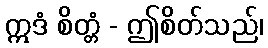
ဣဒံ စိတ္တံ - ဤစိတ်သည်၊